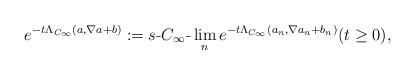
LaTeX: \begin{align*}e^{-t\Lambda_{C_\infty}(a,\nabla a + b)}:=s \mbox{-} C_\infty \mbox{-} \lim_n e^{-t \Lambda_{C_\infty}(a_n,\nabla a_n + b_n)} (t \geq 0),\end{align*}